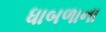
ધાબળાના